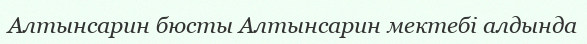
Алтынсарин бюсты Алтынсарин мектебі алдында